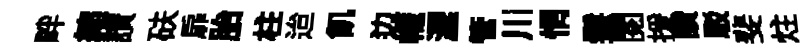
畔縮讃砆扉胎柱迨飢边幟瀝管川惘鬟閱援讚駁斐炷